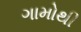
ગામોથી